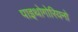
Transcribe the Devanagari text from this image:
पाइथोगोरियनो